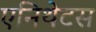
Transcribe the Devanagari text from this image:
एनिथेटस